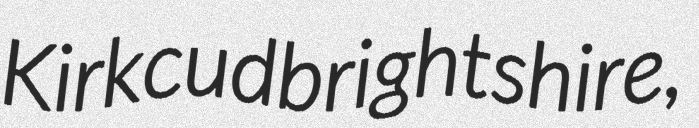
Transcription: Kirkcudbrightshire,